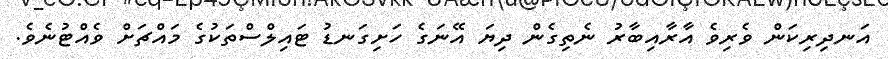
އަނދިރިކަން ވެރިވެ އާރާއިބާރު ނެތިގެން ދިޔަ އޭނަގެ ހަށިގަނޑު ޓައިލްސްތަކުގެ މައްޗަށް ވެއްޓުނެވެ.